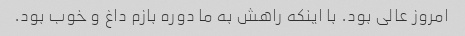
امروز عالی بود. با اینکه راهش به ما دوره بازم داغ و خوب بود.